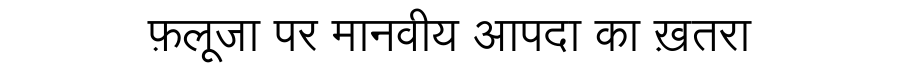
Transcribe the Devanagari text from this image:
फ़लूजा पर मानवीय आपदा का ख़तरा